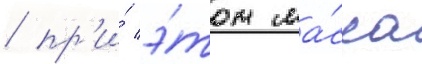
/ пр'и́ э́том ма́сса